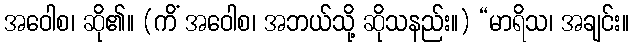
အဝေါစ၊ ဆို၏။ (ကိံ အဝေါစ၊ အဘယ်သို့ ဆိုသနည်း။) “မာရိသ၊ အချင်း။